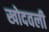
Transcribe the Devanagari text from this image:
खोदवली